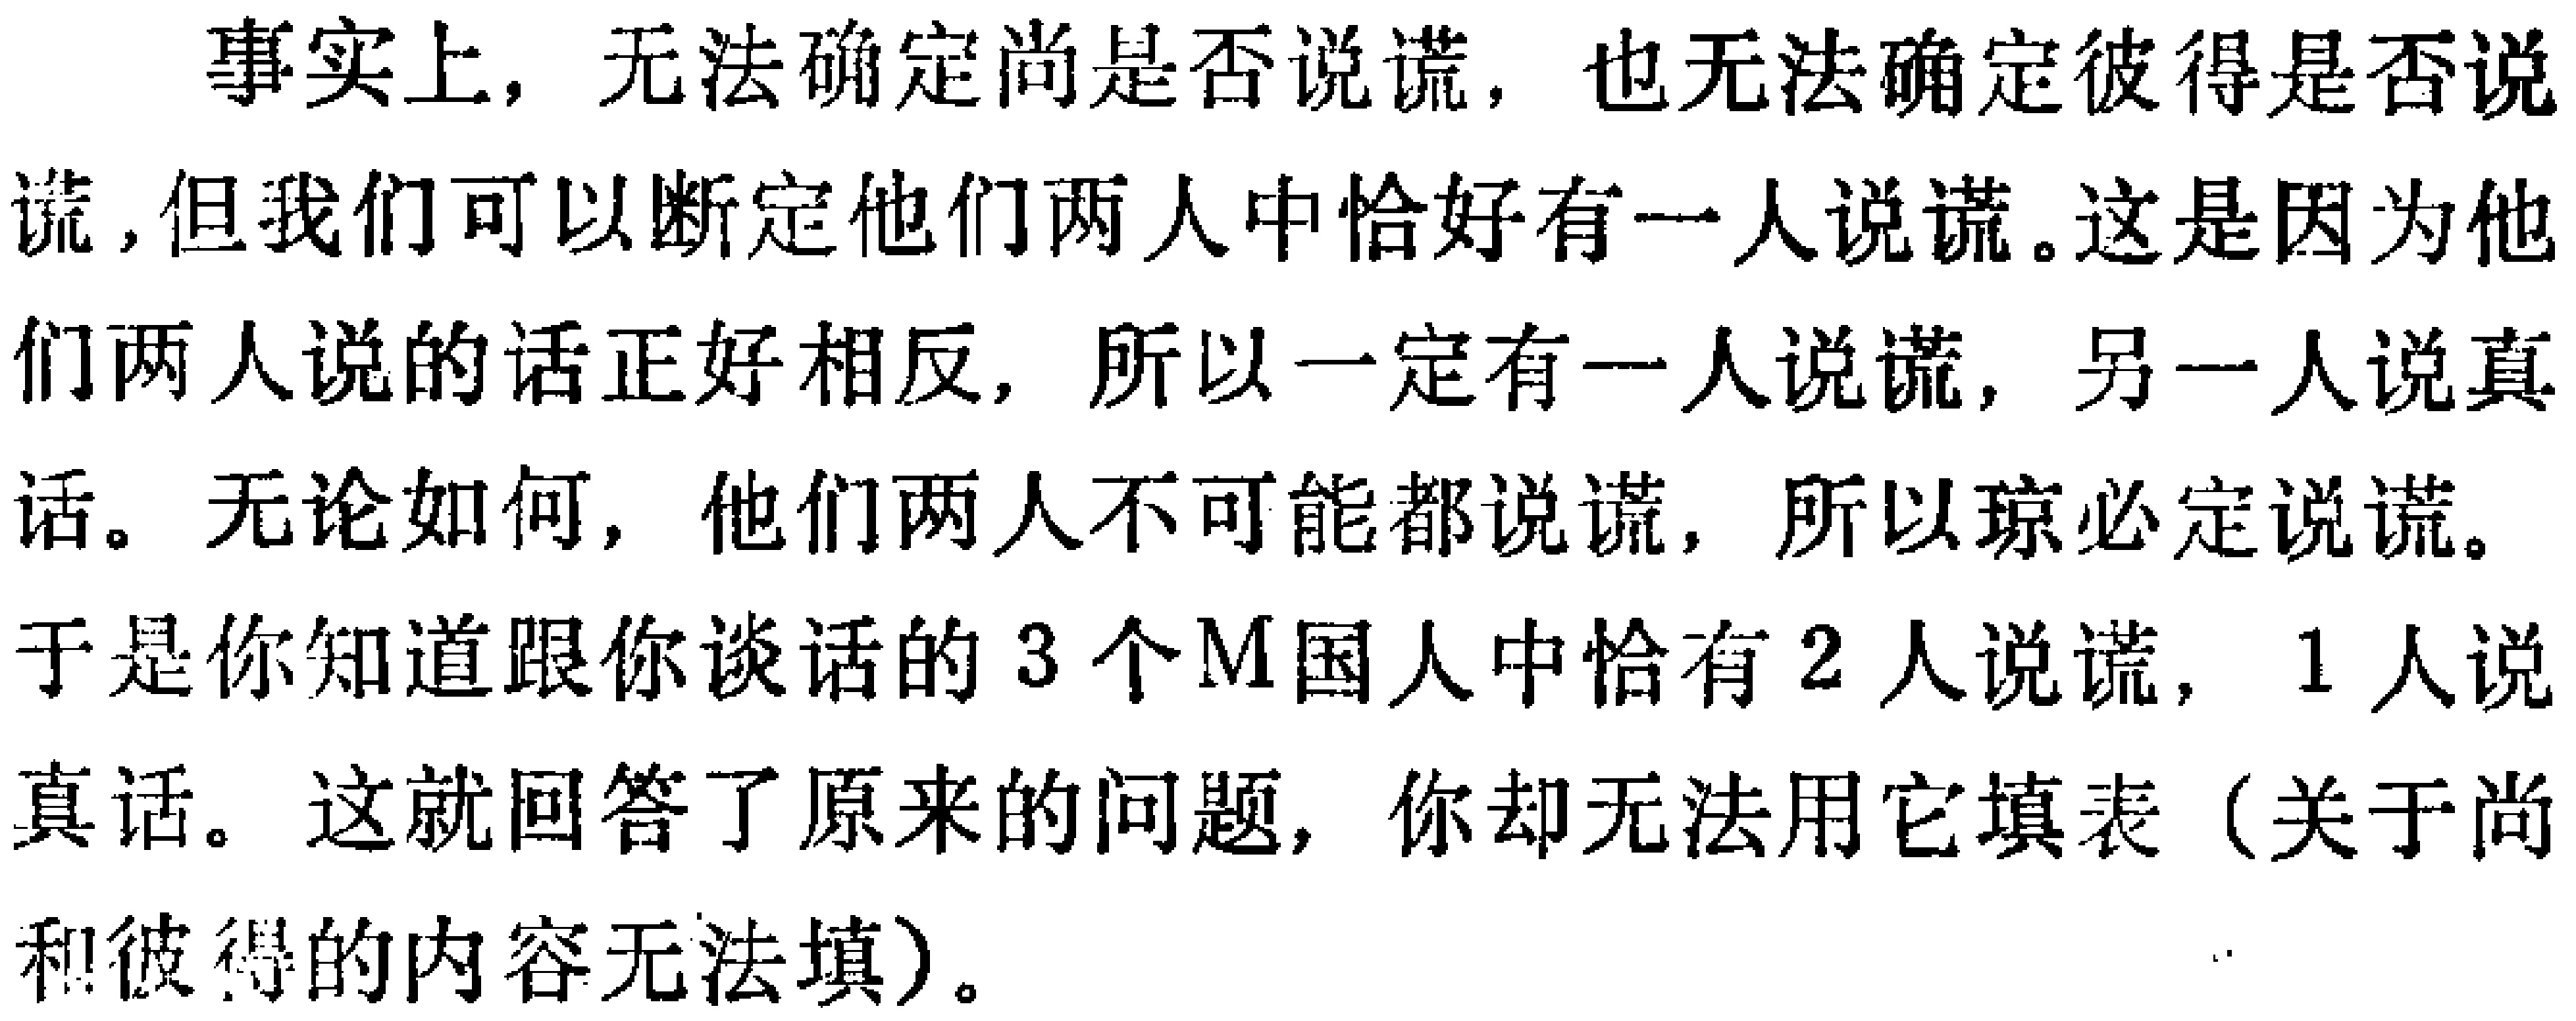
事实上，无法确定尚是否说谎，也无法确定彼得是否说谎,但我们可以断定他们两人中恰好有一人说谎。这是因为他们两人说的话正好相反，所以一定有一人说谎，另一人说真话。无论如何，他们两人不可能都说谎，所以琼必定说谎。于是你知道跟你谈话的3个M国人中恰有2人说谎，1人说真话。这就回答了原来的问题，你却无法用它填表（关于尚和彼得的内容无法填）。